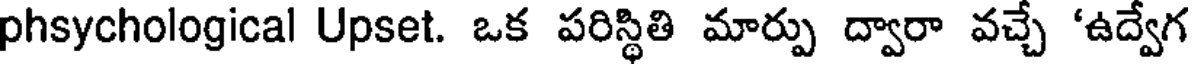
phsychological Upset. ఒక పరిస్థితి మార్పు ద్వారా వచ్చే 'ఉద్వేగ